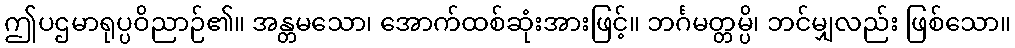
ဤပဌမာရုပ္ပဝိညာဉ်၏။ အန္တမသော၊ အောက်ထစ်ဆုံးအားဖြင့်။ ဘင်္ဂမတ္တမ္ပိ၊ ဘင်မျှလည်း ဖြစ်သော။